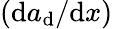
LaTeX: \left({\mathrm{d}a_{\mathrm{d}}}/{\mathrm{d}x}\right)